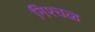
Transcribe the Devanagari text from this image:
निश्चळ